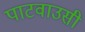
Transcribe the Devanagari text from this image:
पाटवाउसी